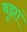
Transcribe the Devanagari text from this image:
बूझां